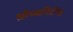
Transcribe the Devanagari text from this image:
ख्रीच्यानिटीचा